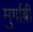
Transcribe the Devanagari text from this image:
मुर्गाबी